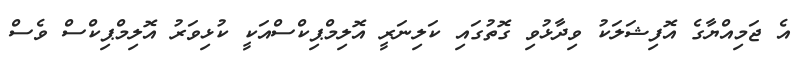
އެ ޖަމިއްޔާގެ އޮފިޝަލަކު ވިދާޅުވި ގޮތުގައި ކަލިނަރީ އޮލިމްޕިކްސްއަކީ ކުޅިވަރު އޮލިމްޕިކްސް ވެސް